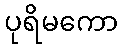
ပုရိမကော